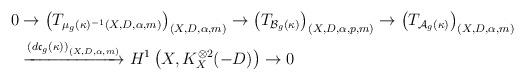
LaTeX: \begin{align*}\begin{aligned}0 &\to \left(T_{\mu_g(\kappa)^{-1}(X, D, \alpha, m)}\right)_{(X, D, \alpha, m)} \to \left(T_{\mathcal B_g(\kappa)}\right)_{(X, D, \alpha, p, m)} \to \left(T_{\mathcal A_g(\kappa)}\right)_{(X, D, \alpha, m)}\\ &\xrightarrow{\left(d\mathfrak c_g(\kappa)\right)_{(X, D, \alpha, m)}} H^1\left(X, K_X^{\otimes 2}(-D)\right) \to 0\end{aligned}\end{align*}